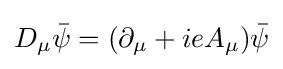
D_{\mu }{\bar {\psi }}=(\partial _{\mu }+ieA_{\mu }){\bar {\psi }}